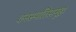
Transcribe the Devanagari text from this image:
वनस्पतिसमूह